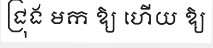
ជ្រុង មក ឱ្យ ហើយ ឱ្យ